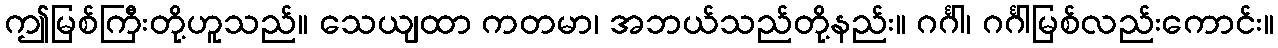
ဤမြစ်ကြီးတို့ဟူသည်။ သေယျထာ ကတမာ၊ အဘယ်သည်တို့နည်း။ ဂင်္ဂါ၊ ဂင်္ဂါမြစ်လည်းကောင်း။